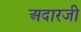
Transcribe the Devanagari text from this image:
अदारजी